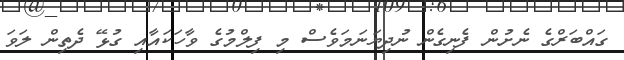
ގައްބަރްގެ ނެށުން ފެނިގެން ނުދިޔަނަމަވެސް މި ފިލްމުގެ ވާހަކައާއި ގުޅޭ ދެތިން ލަވަ